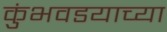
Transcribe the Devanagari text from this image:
कुंभवडयाच्या